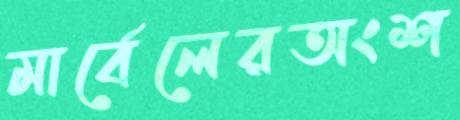
মার্বেলেরঅংশ